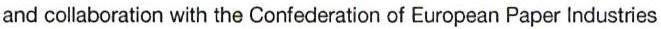
and collaboration with the Confederation of European Paper Industries